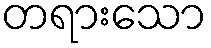
တရားသော